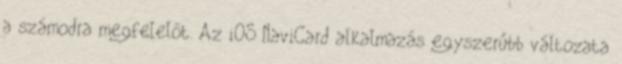
a számodra megfelelőt. Az iOS NaviCard alkalmazás egyszerűbb változata